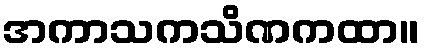
အကာသကသိဏကထာ။